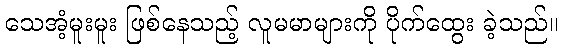
သေအံ့မူးမူး ဖြစ်နေသည့် လူမမာများကို ပိုက်ထွေး ခဲ့သည်။